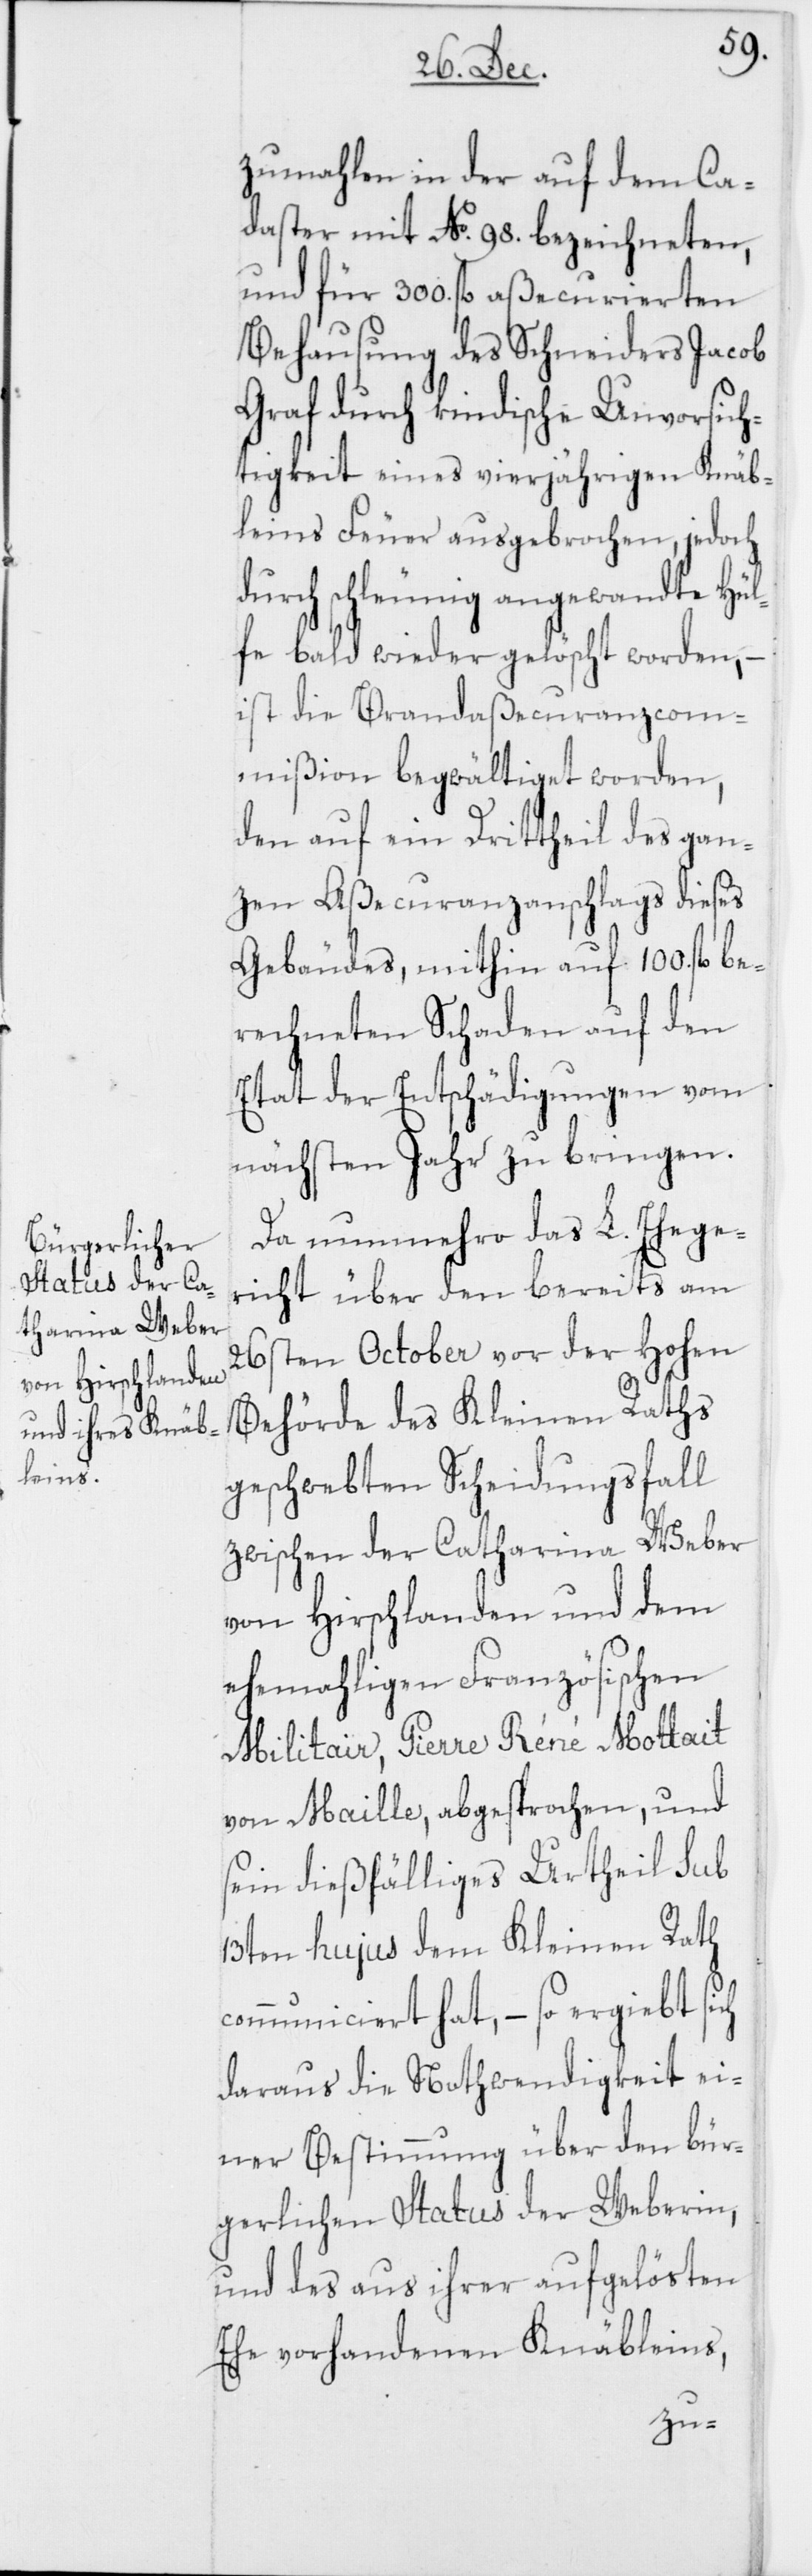
be¬

zumahlen in der auf dem Ca¬
daster mit No. 98. bezeichneten,
und für 300. fl. aßecurierten
Behausung des Schneiders Jacob
Graf durch kindische Unvorsich¬
tigkeit eines vierjährigen Knäb¬
leins Feuer ausgebrochen, jedoch
durch schleunig angewandte Hül¬
fe bald wieder gelöscht worden, –
ist die Brandaßecuranzcom¬
mißion begwältiget worden,
den auf ein Drittheil des gan¬
zen Aßecuranzanschlags dieses
Gebäudes, mithin auf 100. fl.
rechneten Schaden auf den
Etat der Entschädigungen vom
nächsten Jahr zu bringen.
Da nunmehro das L. Ehege¬
richt über den bereits am
26sten October vor der Hohen
Behörde des Kleinen Raths
geschwebten Scheidungsfall
zwischen der Catharina Weber
von Hirschlanden und dem
ehemahligen Französischen
Militair, Pierre Réné Mottait
von Maille, abgesprochen, und
seyn dießfälliges Urtheil sub
13ten hujus dem Kleinen Rath
communiciert hat, – so ergiebt
daraus die Nothwendigkeit ei¬
ner Bestimmung über den bür¬
gerlichen Status der Weberin,
und des aus ihrer aufgelösten
Ehe vorhandenen Knäbleins,